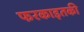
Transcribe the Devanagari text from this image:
फरकाइतकी